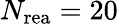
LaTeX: N_{\mathrm{rea}}=20